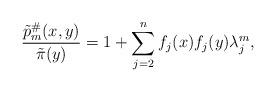
LaTeX: \begin{align*}\frac{\tilde p^\#_m(x,y)}{\tilde \pi(y)} = 1 + \sum_{j=2}^{n} f_j(x)f_j(y)\lambda_j^m,\end{align*}